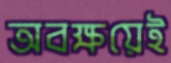
অবক্ষয়েই